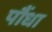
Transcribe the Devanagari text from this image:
पौंधा